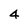
Character: 4